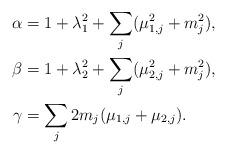
LaTeX: \begin{align*} \alpha &= 1+\lambda_1^2 + \sum_{j} (\mu_{1,j}^2 + m_j^2),\\ \beta &=1+ \lambda_2^2+ \sum_{j} (\mu_{2,j}^2 + m_j^2), \\ \gamma &= \sum_{j} 2 m_j (\mu_{1,j} + \mu_{2,j}). \end{align*}